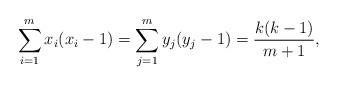
LaTeX: \begin{align*}\sum_{i=1}^m x_i(x_i-1) = \sum_{j=1}^m y_j(y_j-1) = \frac{k(k-1)}{m+1},\end{align*}